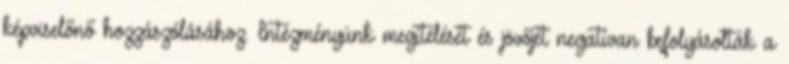
képviselőnő hozzászólásához. Intézményünk megítélését és jövőjét negatívan befolyásolták a